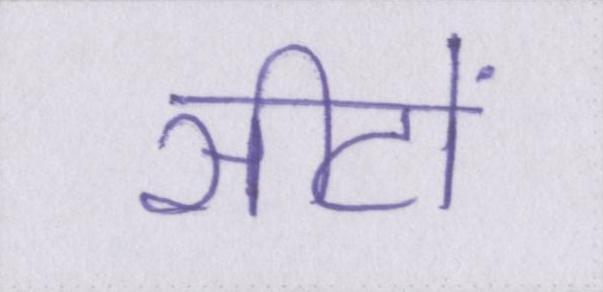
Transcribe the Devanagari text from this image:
सीटों